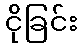
ငိုခြင်း